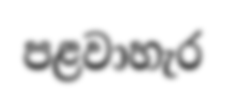
පළවාහැර